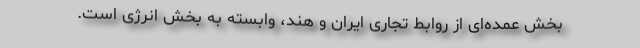
بخش عمده‌ای از روابط تجاری ایران و هند، وابسته به بخش انرژی است.